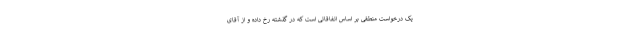
یک درخواست منطقی بر اساس اتفاقاتی است که در گذشته رخ داده و از آقای